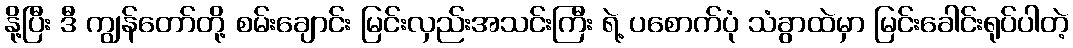
နို့ပြီး ဒီ ကျွန်တော်တို့ စမ်းချောင်း မြင်းလှည်းအသင်းကြီး ရဲ့ ပစောက်ပုံ သံခွာထဲမှာ မြင်းခေါင်းရုပ်ပါတဲ့